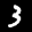
Label: 3